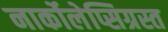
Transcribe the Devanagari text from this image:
नार्कोलेप्सिग्रस्त